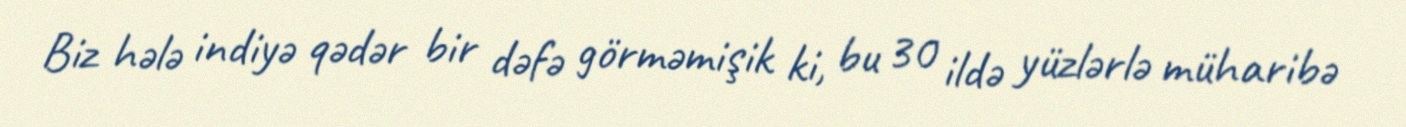
Biz hələ indiyə qədər bir dəfə görməmişik ki, bu 30 ildə yüzlərlə müharibə